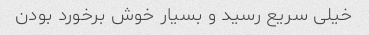
خیلی سریع رسید و بسیار خوش برخورد بودن